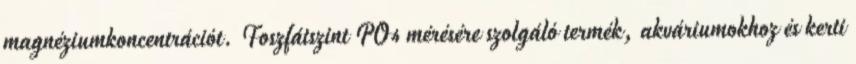
magnéziumkoncentrációt. Foszfátszint PO4 mérésére szolgáló termék, akváriumokhoz és kerti